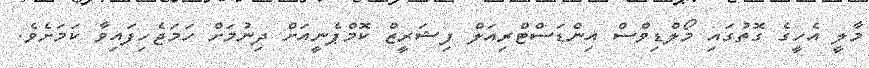
މާލީ އެހީގެ ގޮތުގައި މޯލްޑިވްސް އިންޑަސްޓްރިއަލް ފިޝަރީޒް ކޮމްޕެނީއަށް ދިނުމަށް ހަމަޖެހިފައިވާ ކަމަށެވެ.